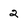
Character: 2